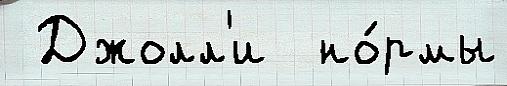
 Джолл'и  но́рмы